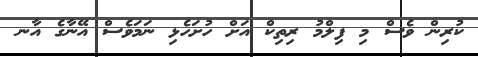
ކުރިން ވެސް މި ފިލްމު ރިތިކް އަށް ހުށަހެޅި ނަމަވެސް އޭނާގެ އާނ